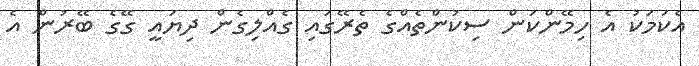
އެކަމަކު އެ ހިމޭންކަން ސިކުންތެއްގެ ތެރޭގައި ގެއްލިގެން ދިޔައީ ގޭގެ ބޭރުން އެ